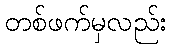
တစ်ဖက်မှလည်း